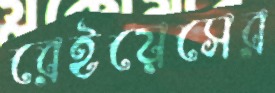
রেইয়েসের